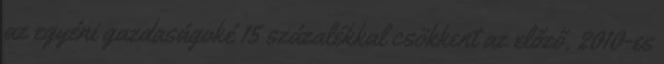
az egyéni gazdaságoké 15 százalékkal csökkent az előző, 2010-es